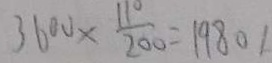
3 6 0 0 \times \frac { 1 1 0 } { 2 0 0 } = 1 9 8 0 1